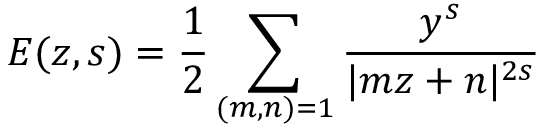
E ( z , s ) = { \frac { 1 } { 2 } } \sum _ { ( m , n ) = 1 } { \frac { y ^ { s } } { | m z + n | ^ { 2 s } } }